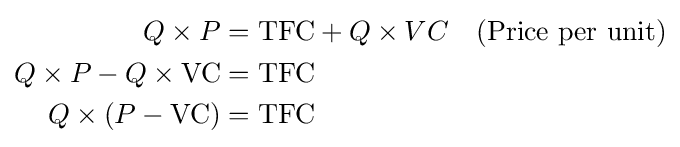
{\begin{aligned}Q\times P&=\mathrm {TFC} +Q\times VC&{\text{(Price per unit)}}\\Q\times P-Q\times \mathrm {VC} &=\mathrm {TFC} \\Q\times (P-\mathrm {VC} )&=\mathrm {TFC} \\\end{aligned}}